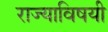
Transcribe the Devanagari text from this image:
राज्याविषयी